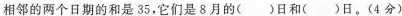
相邻的两个日期的和是35，它们是8月的()日和()日。(4分)